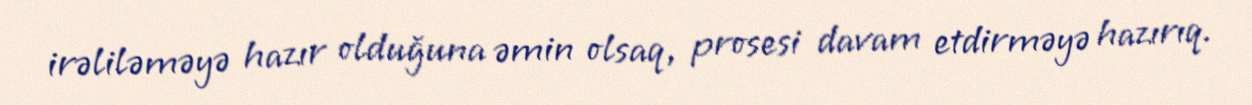
irəliləməyə hazır olduğuna əmin olsaq, prosesi davam etdirməyə hazırıq.